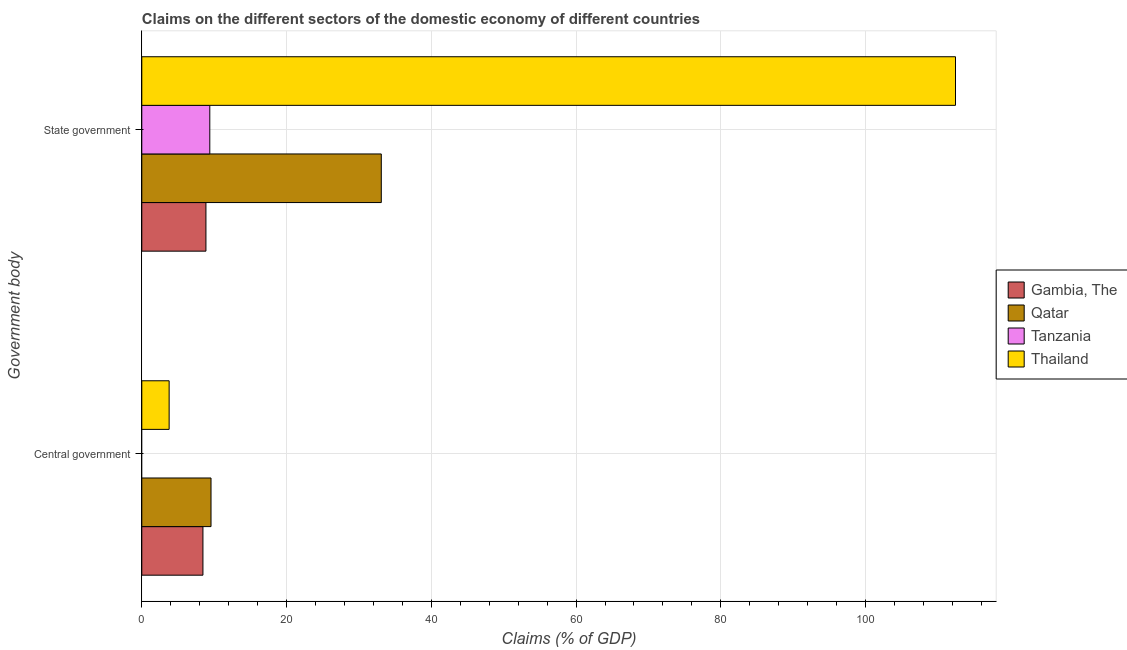
| Government body | Gambia, The | Qatar | Tanzania | Thailand |
 | --- | --- | --- | --- | --- |
 | Central government | 8.45 | 9.56 | -1.95 | 3.78 |
 | State government | 8.86 | 33.1 | 9.4 | 112 |